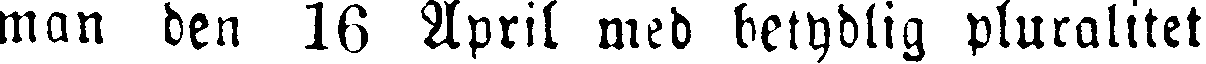
man den 16 April med betydlig pluralitet